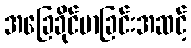
အခြေခိုင်မာခြင်းအဆင့်